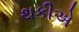
થકીએ